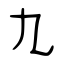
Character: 九